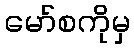
မော်စကိုမှ